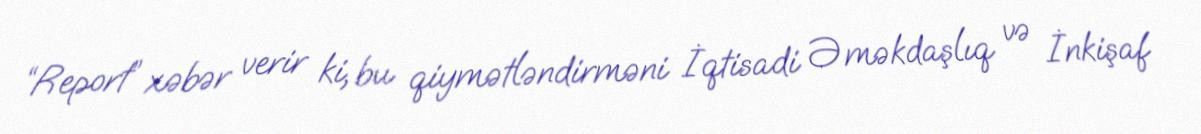
“Report” xəbər verir ki, bu qiymətləndirməni İqtisadi Əməkdaşlıq və İnkişaf